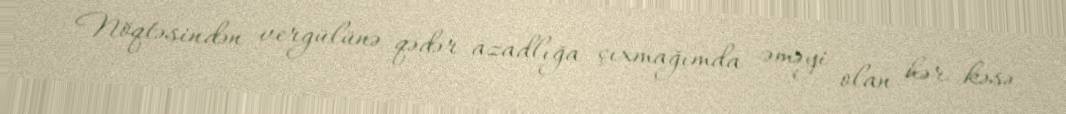
Nöqtəsindən vergülünə qədər azadlığa çıxmağımda əməyi olan hər kəsə